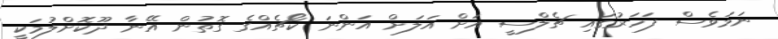
ނަމަވެސް ފަހަރުގައި ޗެލްސީ އަށް އަލަށް އަންނަ ކޯޗެއްގެ ގޮތުން އޭނާ ދޫކޮށްލުމަކީ